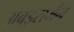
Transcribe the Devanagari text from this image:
अंबुड्समैन